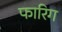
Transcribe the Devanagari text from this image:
फारिग